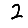
Digit: 2